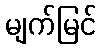
မျက်မြင်